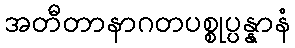
အတီတာနာဂတပစ္စုပ္ပန္နာနံ